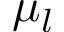
\mu _ { l }